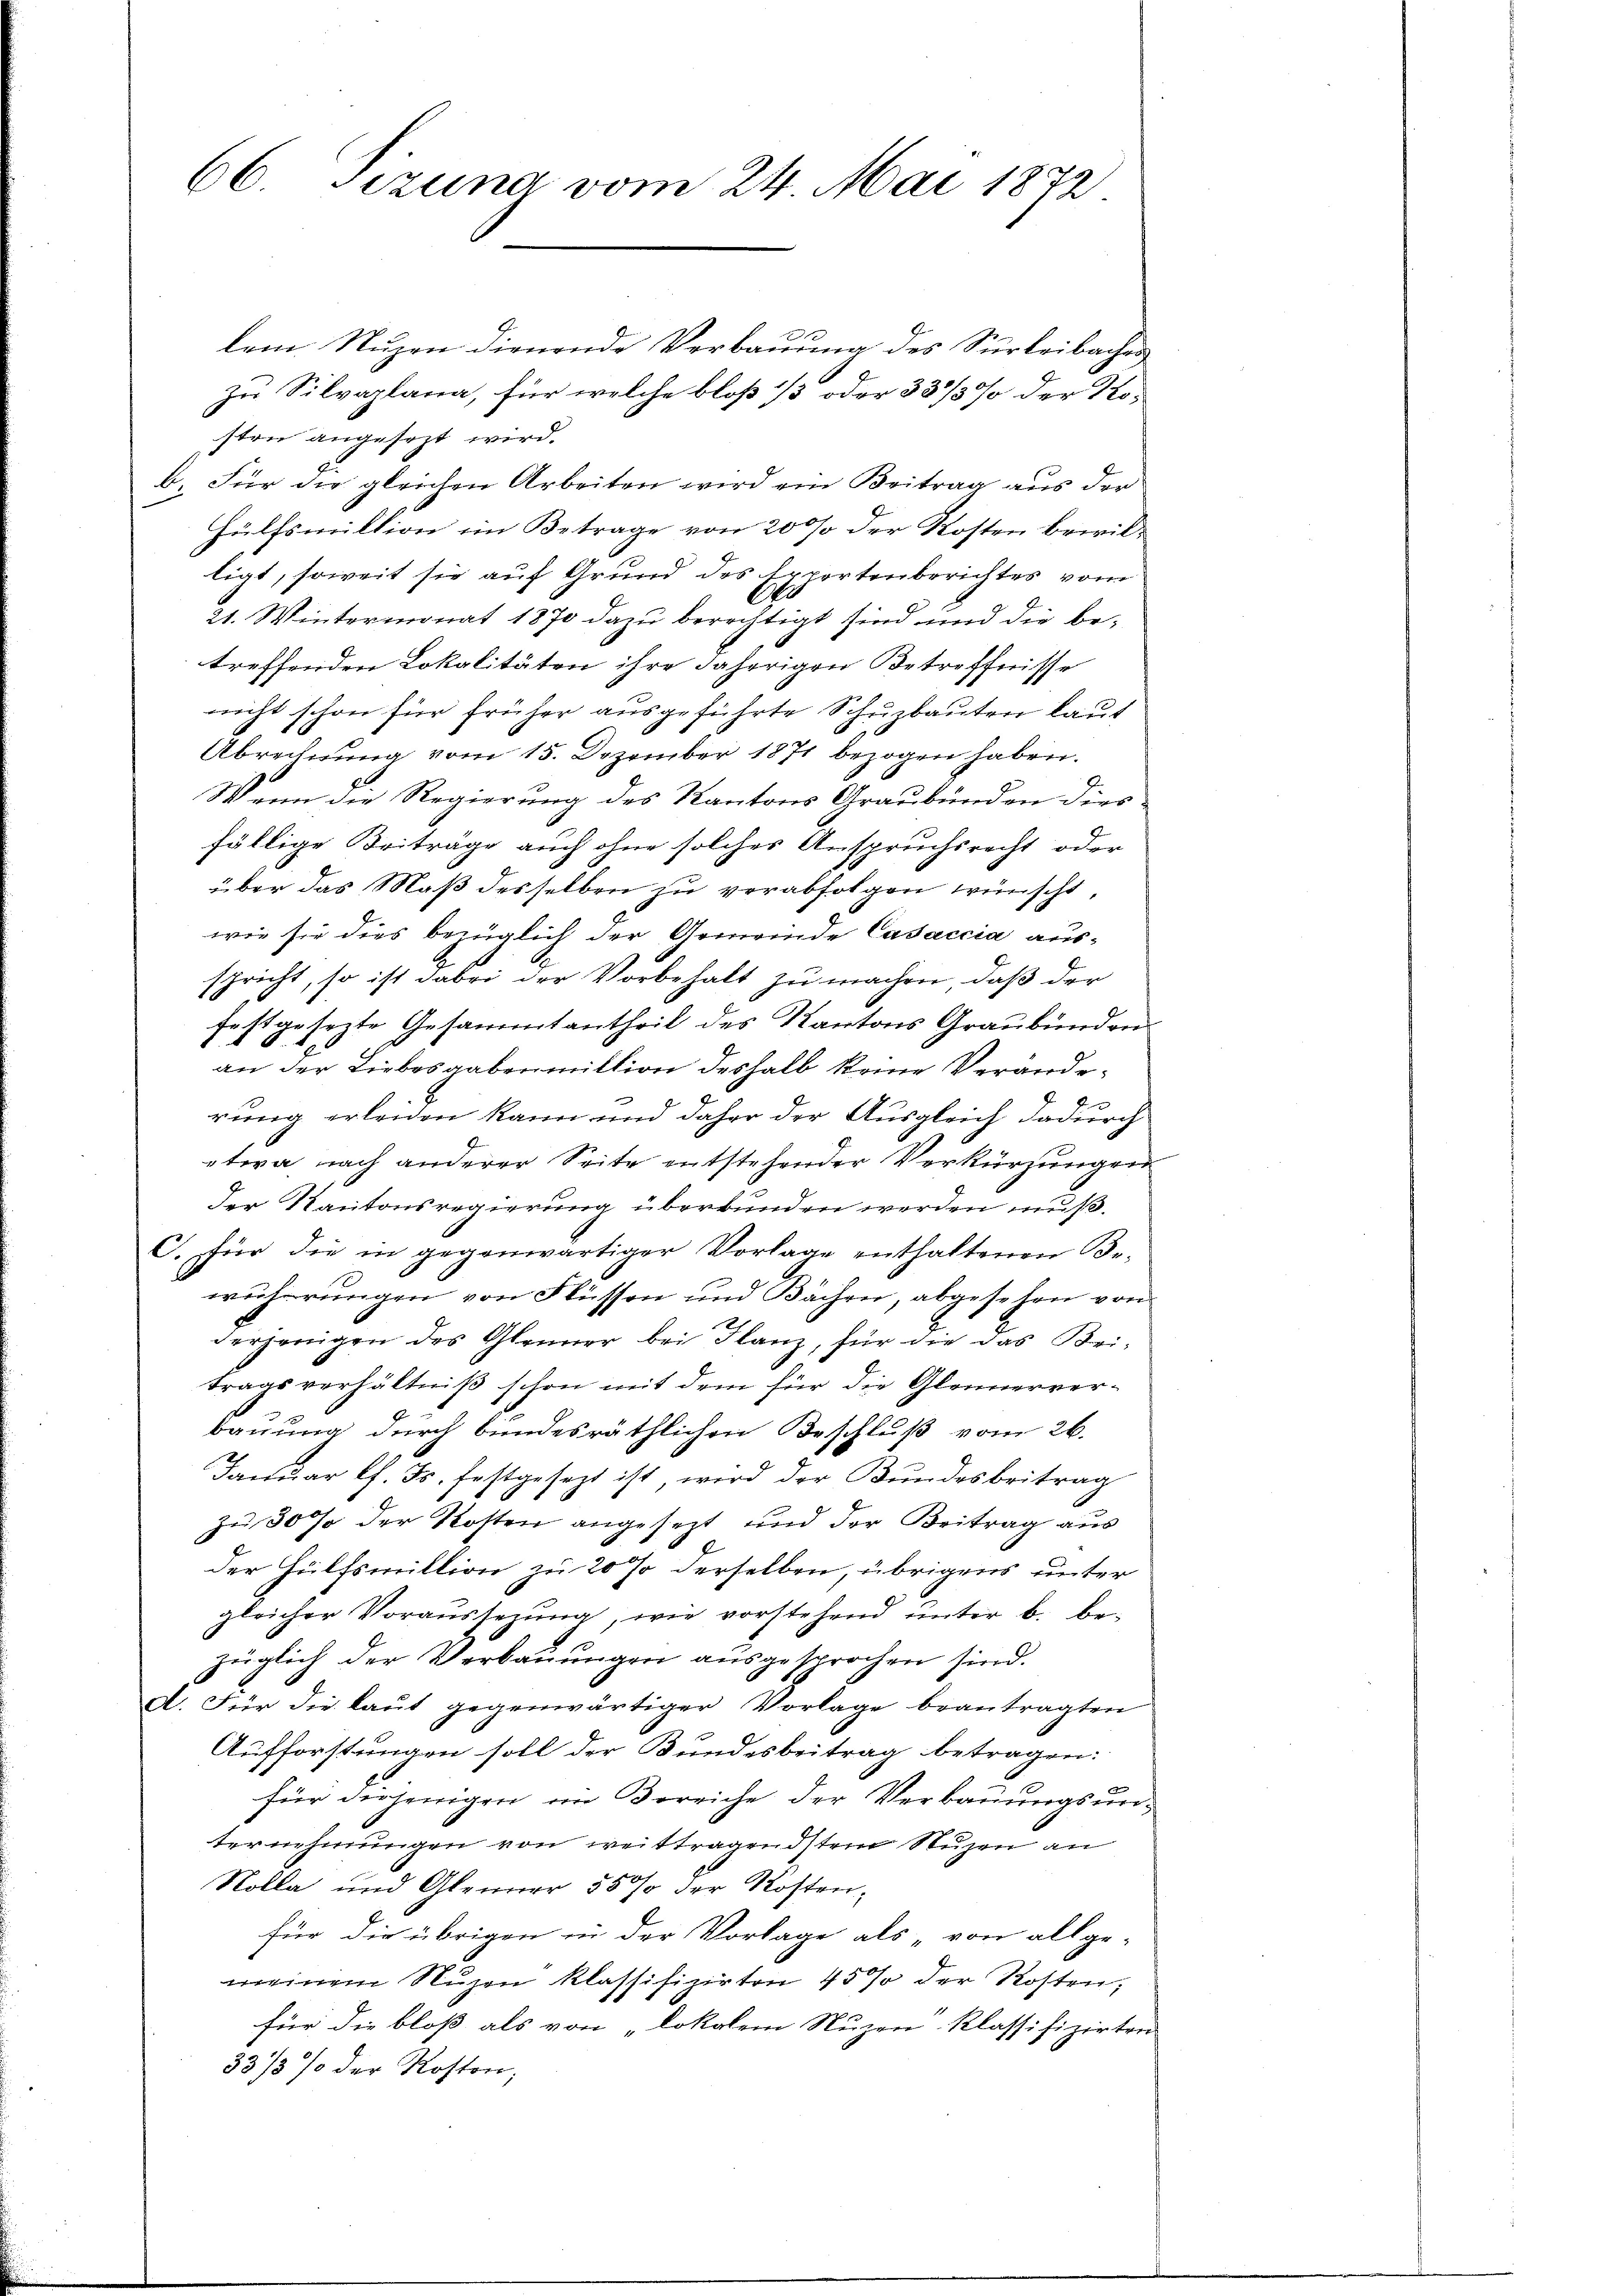
66. Sizung vom 24. Mai 1872

lem Nuzen dienende Verbauung des Surleibaches
zu Silvaplana, für welche bloß 1/3 oder 33/3% der Kosten angesezt wird.
b. Für die gleichen Arbeiten wird ein Beitrag aus der
Hülfsmillion im Betrage von 20 % der Kosten bewilligt, soweit sie auf Grund des Exportenberichtes vom
21. Wintermonat 1870 dazu berechtigt sind und die betreffenden Lokalitäten ihre daherigen Betreffnisse
nicht schon für früher ausgeführte Schuzbauten laut
Abrechnŭng vom 15. Dezember 1871 bezogen haben.
Wenn die Regierung des Kantons Graubünden dies
fällige Beiträge auch ohne solches Anspruchsrecht oder
über das Maß desselben zu verabfolgen wünscht,
wie sie dies bezüglich der Gemeinde Casaccia aus-
spricht, so ist dabei der Vorbehalt zu machen, daß der
festgesezte Gesammtantheil des Kantons Graubündenan der Liebesgabenmittion deshalb keine Verände¬
2
rung erleiden kann und daher der Ausgleich dadurch
etwa nach anderer Seite entstehender Verkürzungen
der Kantonsregierung überbunden werden muß.
C. für die in gegenwärtiger Vorlage enthaltenen Be-
wöhrrungen von Flüssen und Bächen, abgesehen von
derjenigen des Glenner bei Flanz, für die das Bei-
tragsverhältniß schon mit dem für die Gleinerverbauung durch bundesräthlichen Beschluß vom 26.
Januar l. Js. festgesezt ist, wird der Bundesbeitrag
zu 30 % der Kosten angesezt und der Beitrag aus
der Hülfsmillion zu 20 % derselben, übrigens unter
gleicher Voraussezung, wie vorstehend ŭnter B. be-
züglich der Verbauungen ausgesprochen sind.
A. Für die laut gegenwärtiger Vorlage beantragten
Aufforstungen soll der Bundesbeitrag betragen:
für diejenigen im Bereiche der Verbauungsunternehmungen von weittragendsten Nuzen an
Rolla und Gleiner 55 % der Kostenfür die übrigen in der Vorlage als „von allge-
meinem Nuzen klassifizirten 45 % der Kosten,
für die bloß als von „lokalem Nuzen klassifizirten
33/3 % der Kosten;